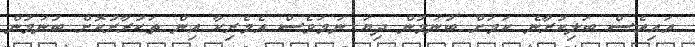
އައިއެސް ބަލިކުރާނެ ކަމަށް ބުނަމުން ދިޔަ ނަމަވެސް އެމެރިކާ އިން ތަކުރާރުކޮށް ބުނަމުން